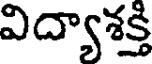
విద్యాశక్తి